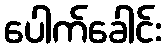
ပေါက်ခေါင်း